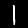
Label: 1